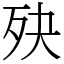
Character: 𣧎